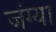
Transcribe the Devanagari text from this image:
जंग्या